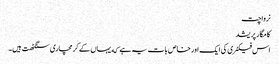
نرواچت
کامگار پریشد
اس فیکٹری کی ایک اور خاص بات یہ ہے که یہاں کے کرمچاری سنگٹھت ہیں۔